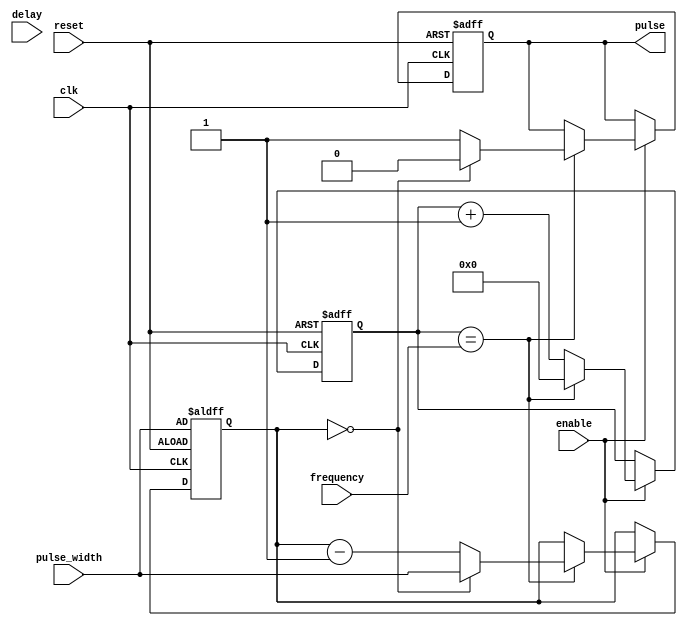
module programmable_pulse_generator (
    input wire clk,
    input wire reset,
    input wire enable,
    input wire [7:0] pulse_width,
    input wire [7:0] frequency,
    input wire [7:0] delay,
    output reg pulse
);

reg [7:0] counter;
reg [7:0] delay_counter;
reg [7:0] pulse_width_counter;

always @(posedge clk or posedge reset) begin
    if (reset) begin
        counter <= 8'b0;
        delay_counter <= 8'b0;
        pulse_width_counter <= pulse_width;
        pulse <= 1'b0;
    end else begin
        if (enable) begin
            if (counter == frequency) begin
                counter <= 8'b0;
                pulse <= 1'b1;
                if (pulse_width_counter == 8'b0) begin
                    pulse <= 1'b0;
                    pulse_width_counter <= pulse_width;
                end else begin
                    pulse_width_counter <= pulse_width_counter - 8'b1;
                end
            end else begin
                counter <= counter + 8'b1;
            end
        end
    end
end

always @(posedge clk) begin
    if (enable && delay_counter != delay) begin
        delay_counter <= delay_counter + 8'b1;
    end
end

endmodule